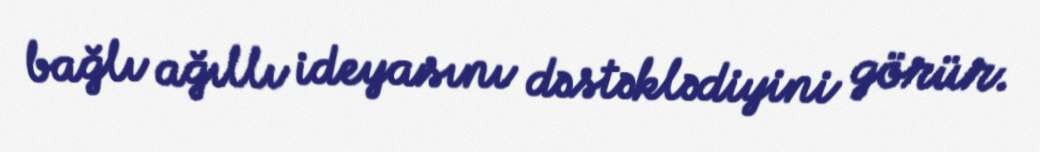
bağlı ağıllı ideyasını dəstəklədiyini görür.